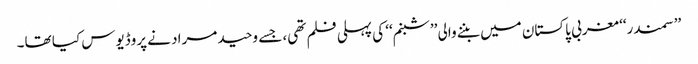
’’سمندر‘‘ مغربی پاکستان میں بننے والی ’’شبنم‘‘ کی پہلی فلم تھی، جسے وحید مراد نے پروڈیوس کیا تھا۔